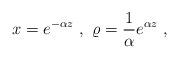
LaTeX: \begin{align*}x=e^{-\alpha z}\ ,\ \varrho={1 \over \alpha} e^{\alpha z} \ ,\end{align*}